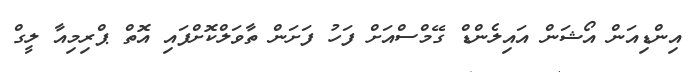
އިންޑިއަން އޯޝަން އައިލެންޑް ގޭމްސްއަށް ފަހު ފަށަން ތާވަލްކޮށްފައި އޮތް ޕްރިމިއާ ލީގް